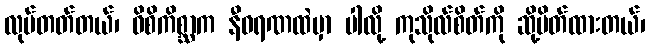
လုပ်တတ်တယ်၊ ဝိစိကိစ္ဆာက နီဝရဏထဲမှာ ပါလို့ ကုသိုလ်စိတ်ကို ဆို့ပိတ်ထားတယ်၊